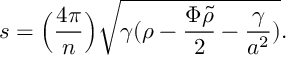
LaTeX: s = \Big ( { \frac { 4 \pi } { n } } \Big ) \sqrt { \gamma ( \rho - { \frac { \Phi \tilde { \rho } } { 2 } } - { \frac { \gamma } { a ^ { 2 } } } ) } .